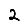
Digit: 2